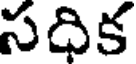
సదిక